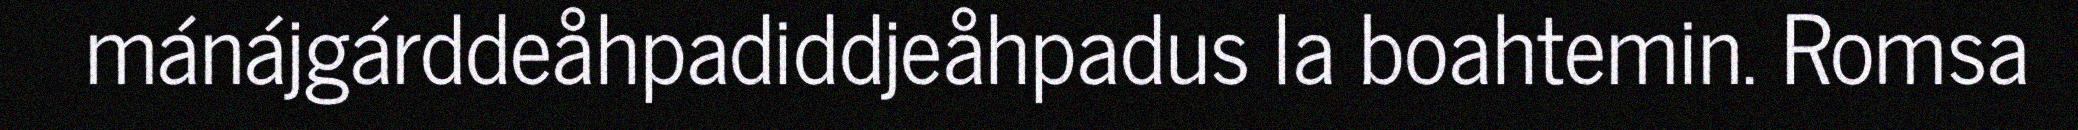
mánájgárddeåhpadiddjeåhpadus la boahtemin. Romsa